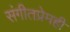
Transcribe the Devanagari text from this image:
संगीतप्रेमही